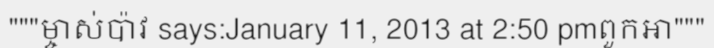
"""ម្ចាស់ប៉ាវ says:January 11, 2013 at 2:50 pmពួកអា"""